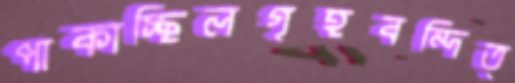
পাকাচ্ছিলগৃহবন্দিত্